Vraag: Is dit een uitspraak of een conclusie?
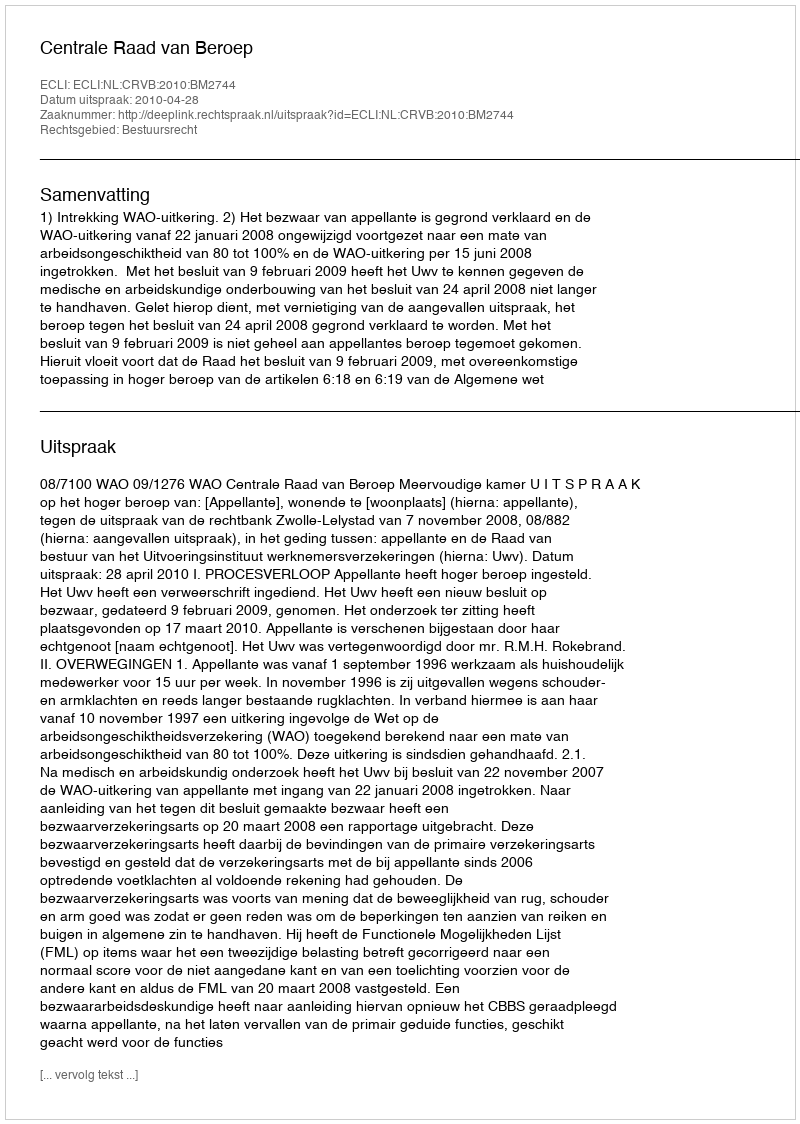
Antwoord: Uitspraak